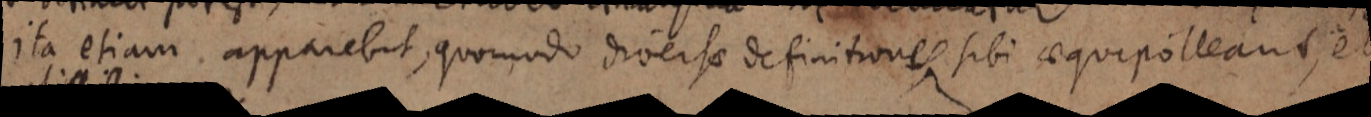
ita etiam apparebit, quomodo diversae definitiones sibi aequipolleant, et